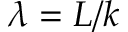
\lambda = L / k